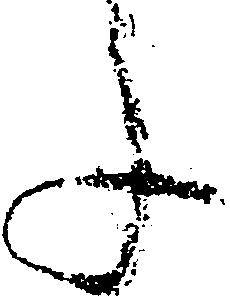
ふ